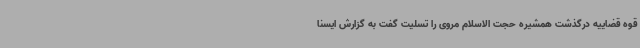
قوه قضاییه درگذشت همشیره حجت الاسلام مروی را تسلیت گفت به گزارش ایسنا